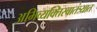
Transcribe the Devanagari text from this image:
अभिव्यक्तिस्वातंत्र्यात